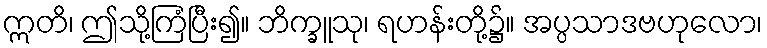
ဣတိ၊ ဤသို့ကြံပြီး၍။ ဘိက္ခူသု၊ ရဟန်းတို့၌။ အပ္ပသာဒဗဟုလော၊